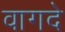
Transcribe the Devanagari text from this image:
वागदे